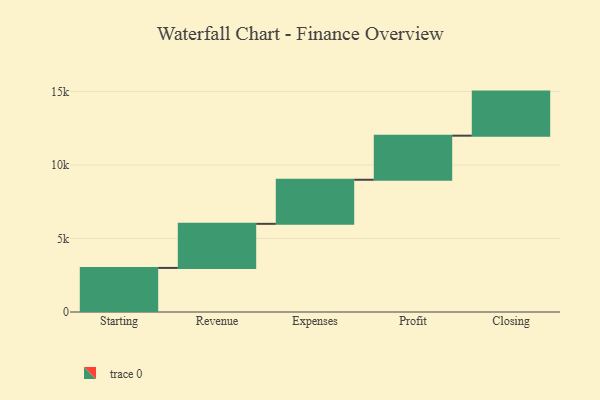
{"axis": {"x": "Step", "y": "Value"}, "legend": [""], "data": [{"x": "Starting", "y": 3000, "type": ""}, {"x": "Revenue", "y": 3000, "type": ""}, {"x": "Expenses", "y": 3000, "type": ""}, {"x": "Profit", "y": 3000, "type": ""}, {"x": "Closing", "y": 3000, "type": ""}]}